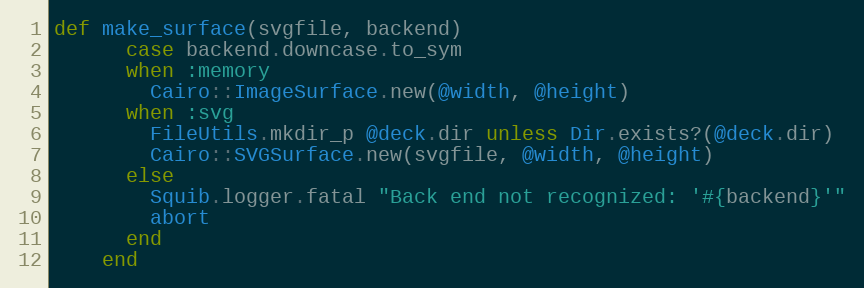
Language: Ruby
def make_surface(svgfile, backend)
      case backend.downcase.to_sym
      when :memory
        Cairo::ImageSurface.new(@width, @height)
      when :svg
        FileUtils.mkdir_p @deck.dir unless Dir.exists?(@deck.dir)
        Cairo::SVGSurface.new(svgfile, @width, @height)
      else
        Squib.logger.fatal "Back end not recognized: '#{backend}'"
        abort
      end
    end